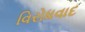
વિરોધવાદ